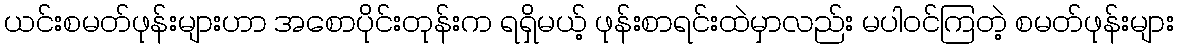
ယင်းစမတ်ဖုန်းများဟာ အစောပိုင်းတုန်းက ရရှိမယ့် ဖုန်းစာရင်းထဲမှာလည်း မပါဝင်ကြတဲ့ စမတ်ဖုန်းများ